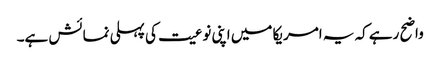
واضح رہے کہ یہ امریکا میں اپنی نوعیت کی پہلی نمائش ہے۔